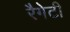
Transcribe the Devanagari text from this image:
रैगेटी